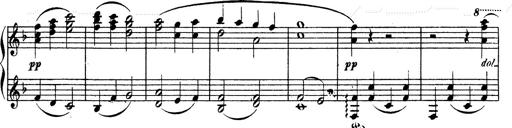
Title: Ave Maria d' Arcadelt
Composer: Franz Liszt